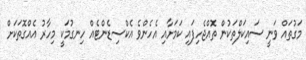
މަގުތައް ވަނީ ސައިކަލްތަކުން ތޮއްޖެހިފައި ކަމަށާއި އެހެންވެ އެކްސިޑެންޓެއް ހިނގުމަކީ މިހާރު އެއްގޮތަކަށް